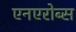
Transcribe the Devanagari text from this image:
एनएरोब्स